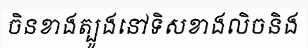
ចិនខាងត្បូងនៅទិសខាងលិចនិង